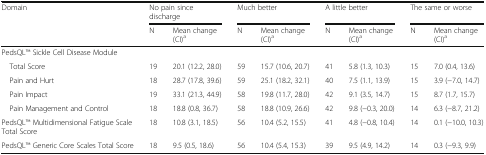
<table><thead><tr><td rowspan="2"><b>Domain</b></td><td colspan="2"><b>No pain since discharge</b></td><td colspan="2"><b>Much better</b></td><td colspan="2"><b>A little better</b></td><td colspan="2"><b>The same or worse</b></td></tr><tr><td><b>N</b></td><td><b>Mean change (CI)<sup>a</sup></b></td><td><b>N</b></td><td><b>Mean change (CI)<sup>a</sup></b></td><td><b>N</b></td><td><b>Mean change (CI)<sup>a</sup></b></td><td><b>N</b></td><td><b>Mean change (CI)<sup>a</sup></b></td></tr></thead><tbody><tr><td colspan="9">PedsQLTM Sickle Cell Disease Module</td></tr><tr><td> Total Score</td><td>19</td><td>20.1 (12.2, 28.0)</td><td>59</td><td>15.7 (10.6, 20.7)</td><td>41</td><td>5.8 (1.3, 10.3)</td><td>15</td><td>7.0 (0.4, 13.6)</td></tr><tr><td> Pain and Hurt</td><td>18</td><td>28.7 (17.8, 39.6)</td><td>59</td><td>25.1 (18.2, 32.1)</td><td>40</td><td>7.5 (1.1, 13.9)</td><td>15</td><td>3.9 (−7.0, 14.7)</td></tr><tr><td> Pain Impact</td><td>19</td><td>33.1 (21.3, 44.9)</td><td>58</td><td>19.8 (11.7, 28.0)</td><td>42</td><td>9.1 (3.5, 14.7)</td><td>15</td><td>8.7 (1.7, 15.7)</td></tr><tr><td> Pain Management and Control</td><td>18</td><td>18.8 (0.8, 36.7)</td><td>58</td><td>18.8 (10.9, 26.6)</td><td>42</td><td>9.8 (−0.3, 20.0)</td><td>14</td><td>6.3 (−8.7, 21.2)</td></tr><tr><td>PedsQLTM Multidimensional Fatigue Scale Total Score</td><td>18</td><td>10.8 (3.1, 18.5)</td><td>56</td><td>10.4 (5.2, 15.5)</td><td>41</td><td>4.8 (−0.8, 10.4)</td><td>14</td><td>0.1 (−10.0, 10.3)</td></tr><tr><td>PedsQLTM Generic Core Scales Total Score</td><td>18</td><td>9.5 (0.5, 18.6)</td><td>56</td><td>10.4 (5.4, 15.3)</td><td>39</td><td>9.5 (4.9, 14.2)</td><td>14</td><td>0.3 (−9.3, 9.9)</td></tr></tbody></table>